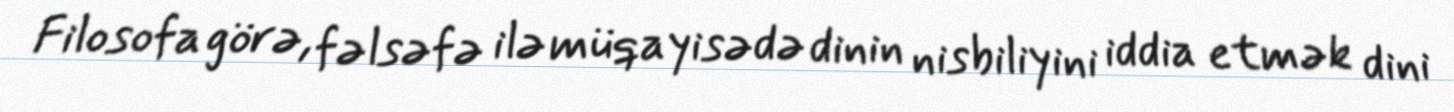
Filosofa görə, fəlsəfə ilə müqayisədə dinin nisbiliyini iddia etmək dini